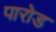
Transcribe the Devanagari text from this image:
पारोड